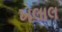
ખલાલ